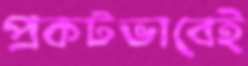
প্রকটভাবেই